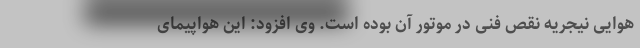
هوایی نیجریه نقص فنی در موتور آن بوده است. وی افزود: این هواپیمای